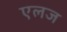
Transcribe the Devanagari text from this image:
एलज